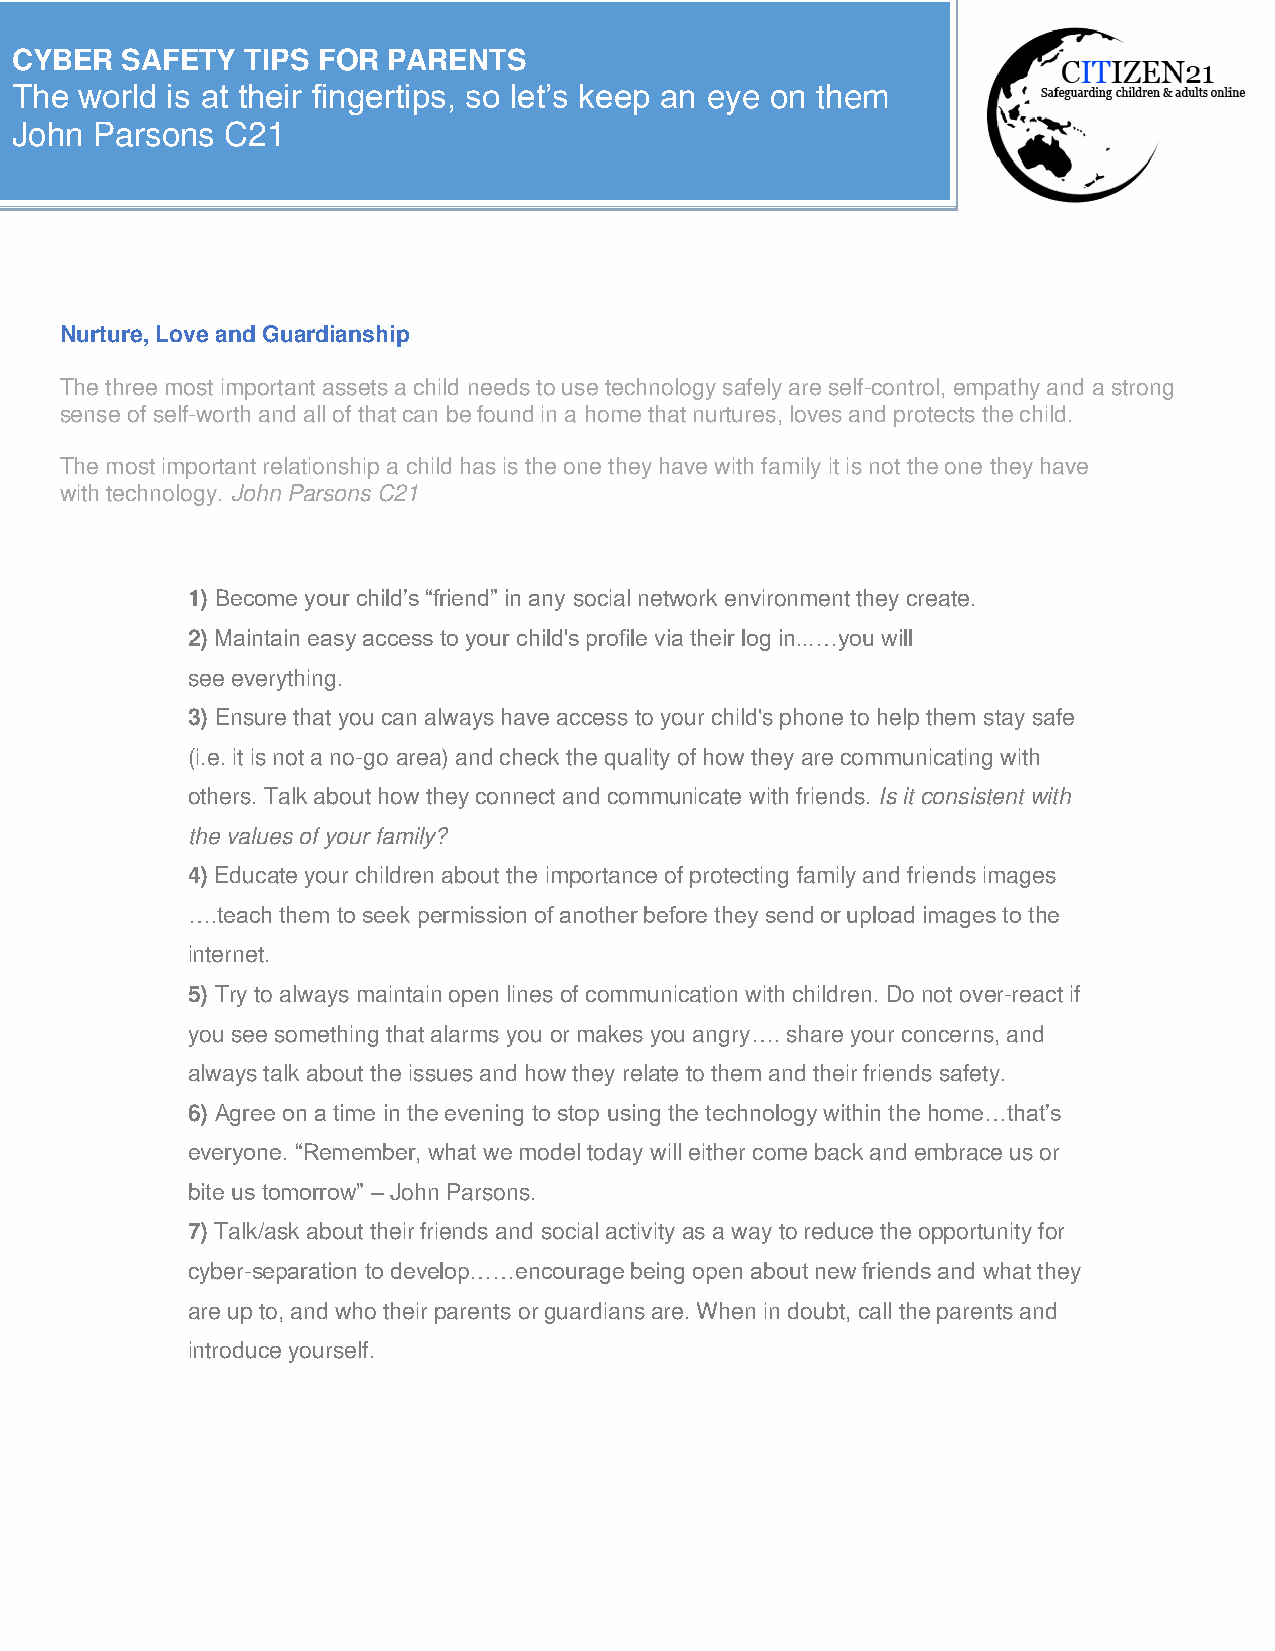
CYBER  SAFETY  TIPS FOR  PARENTS
 The world is at their fingertips, so let’s keep an eye on them
 John Parsons  C21
 Nurture, Love and Guardianship
 The three most important assets a child needs to use technology safely are self-control, empathy and a strong
 sense of self-worth and all of that can be found in a home that nurtures, loves and protects the child.
 The most important relationship a child has is the one they have with family it is not the one they have
 with technology. John Parsons C21
 1) Become your child’s “friend” in any social network environment they create.
 2) Maintain easy access to your child's profile via their log in...…you will
 see everything.
 3) Ensure that you can always have access to your child's phone to help them stay safe
 (i.e. it is not a no-go area) and check the quality of how they are communicating with
 others. Talk about how they connect and communicate with friends. Is it consistent with
 the values of your family?
 4) Educate your children about the importance of protecting family and friends images
 ….teach them to seek permission of another before they send or upload images to the
 internet.
 5) Try to always maintain open lines of communication with children. Do not over-react if
 you see something that alarms you or makes you angry…. share your concerns, and
 always talk about the issues and how they relate to them and their friends safety.
 6) Agree on a time in the evening to stop using the technology within the home…that’s
 everyone. “Remember, what we model today will either come back and embrace us or
 bite us tomorrow” – John Parsons.
 7) Talk/ask about their friends and social activity as a way to reduce the opportunity for
 cyber-separation to develop……encourage being open about new friends and what they
 are up to, and who their parents or guardians are. When in doubt, call the parents and
 introduce yourself.